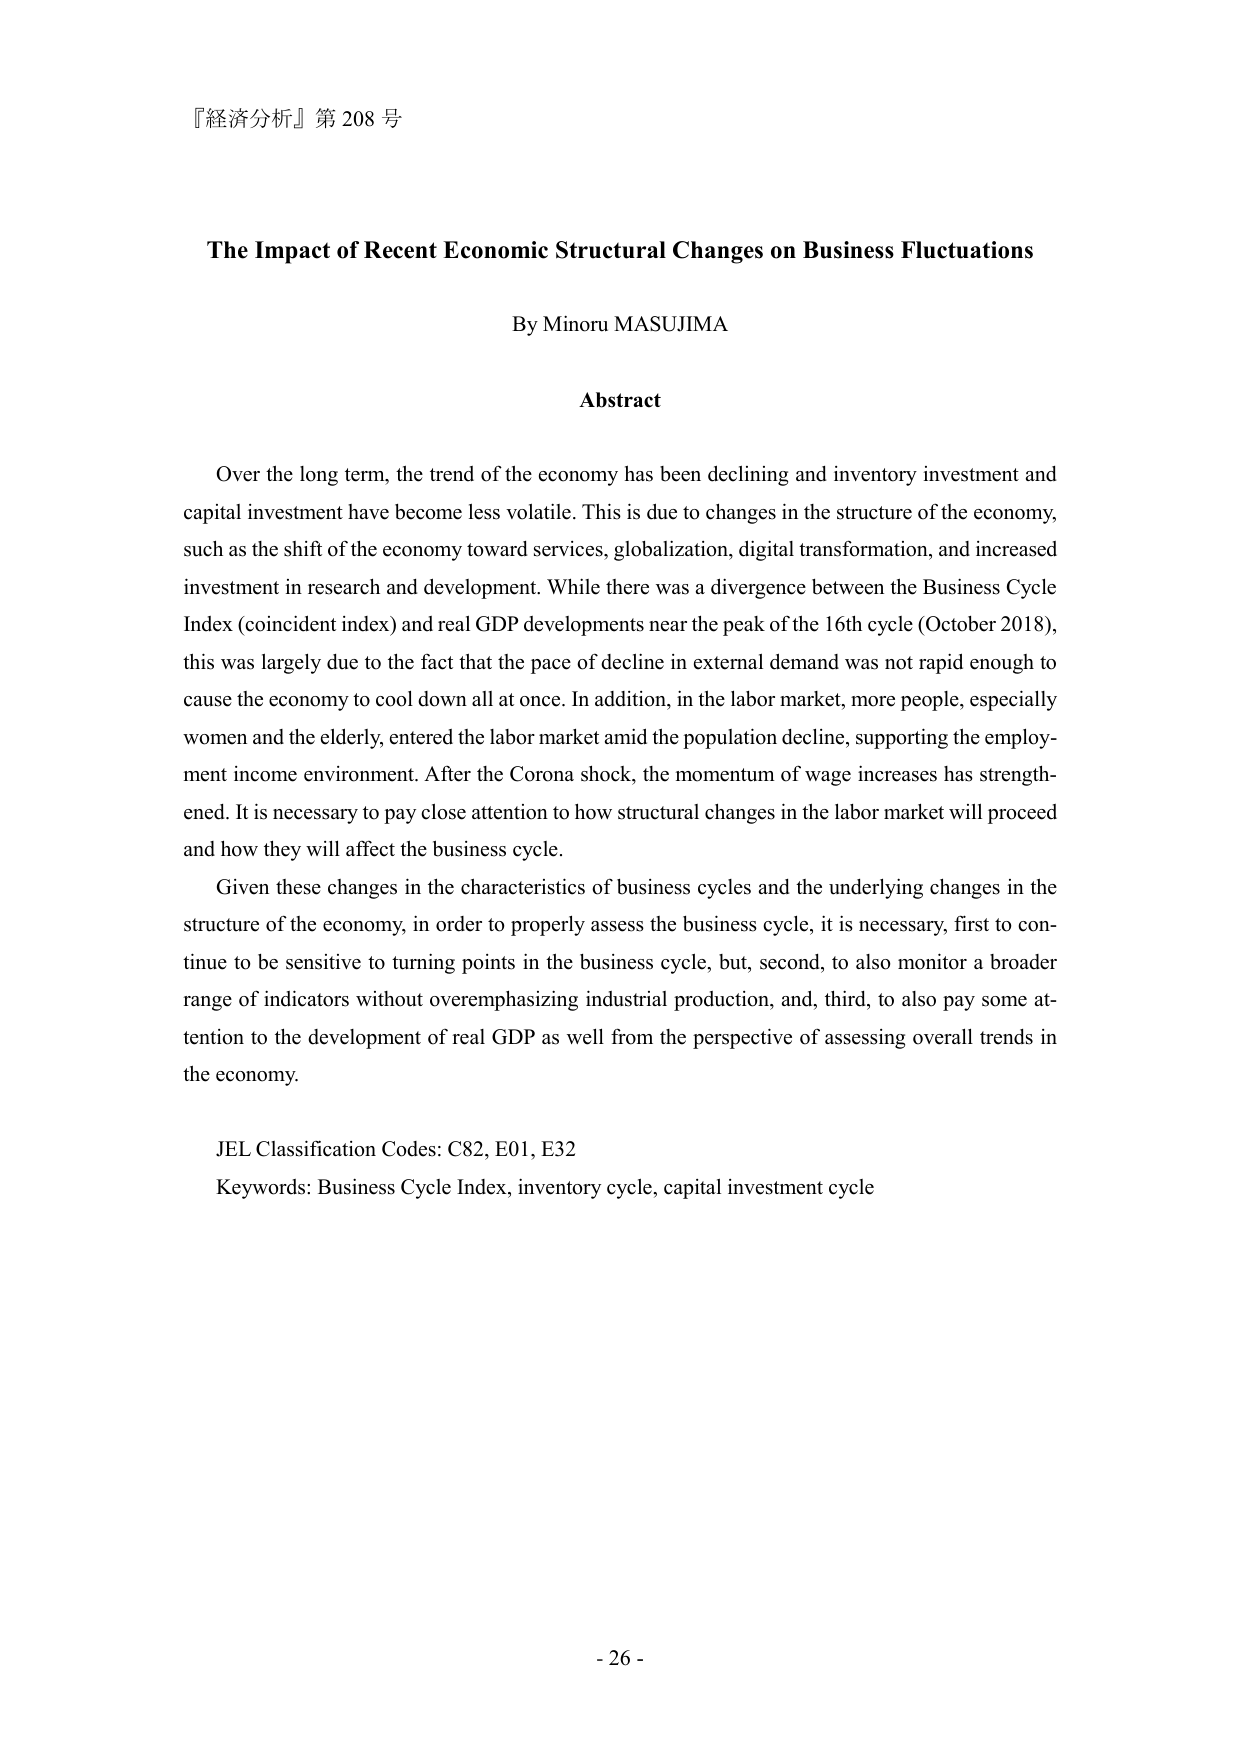
『経済分析』第 208 号

The Impact of Recent Economic Structural Changes on Business Fluctuations

By Minoru MASUJIMA

Abstract

Over the long term, the trend of the economy has been declining and inventory investment and capital investment have become less volatile. This is due to changes in the structure of the economy, such as the shift of the economy toward services, globalization, digital transformation, and increased investment in research and development. While there was a divergence between the Business Cycle Index (coincident index) and real GDP developments near the peak of the 16th cycle (October 2018), this was largely due to the fact that the pace of decline in external demand was not rapid enough to cause the economy to cool down all at once. In addition, in the labor market, more people, especially women and the elderly, entered the labor market amid the population decline, supporting the employment income environment. After the Corona shock, the momentum of wage increases has strengthened. It is necessary to pay close attention to how structural changes in the labor market will proceed and how they will affect the business cycle.

Given these changes in the characteristics of business cycles and the underlying changes in the structure of the economy, in order to properly assess the business cycle, it is necessary, first to continue to be sensitive to turning points in the business cycle, but, second, to also monitor a broader range of indicators without overemphasizing industrial production, and, third, to also pay some attention to the development of real GDP as well from the perspective of assessing overall trends in the economy.

JEL Classification Codes: C82, E01, E32
Keywords: Business Cycle Index, inventory cycle, capital investment cycle

- 26 -